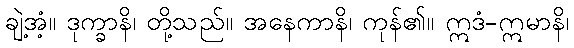
ချဲ့အံ့။ ဒုက္ခာနိ၊ တို့သည်။ အနေကာနိ၊ ကုန်၏။ ဣဒံ-ဣမာနိ၊